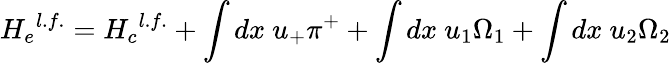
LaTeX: {H_{e}}^{l.f.}={H_{c}}^{l.f.}+\int dx~u_{+}\pi^{+}+\int dx~u_{1}\Omega_{1}+\int dx~u_{2}\Omega_{2}